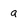
Character: a